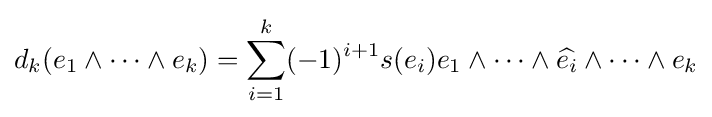
d_{k}(e_{1}\wedge \dots \wedge e_{k})=\sum _{i=1}^{k}(-1)^{i+1}s(e_{i})e_{1}\wedge \cdots \wedge {\widehat {e_{i}}}\wedge \cdots \wedge e_{k}